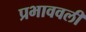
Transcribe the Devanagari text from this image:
प्रभाववली